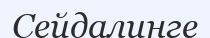
Сейдалинге